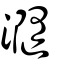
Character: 瀡